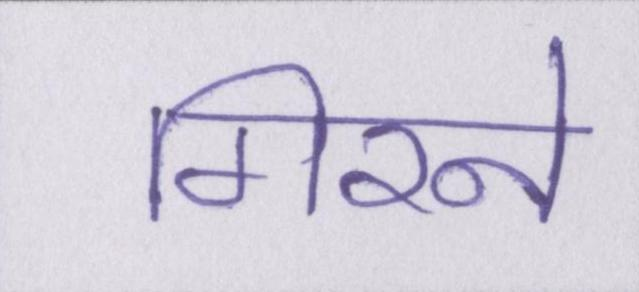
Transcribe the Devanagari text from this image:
गिरने